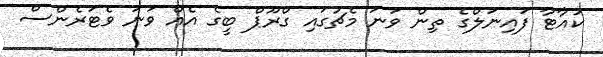
ކުއާޓާ ފައިނަލްގެ ތިން ވަނަ މެޗުގައި ގްރޫޕް ބީގެ އެއް ވަނަ ވެޓަރެންސް